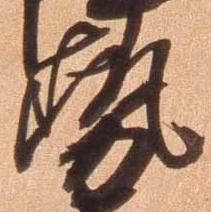
勢